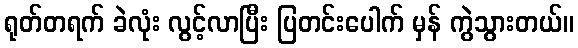
ရုတ်တရက် ခဲလုံး လွင့်လာပြီး ပြတင်းပေါက် မှန် ကွဲသွားတယ်။